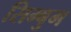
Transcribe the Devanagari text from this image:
सिम्बुम